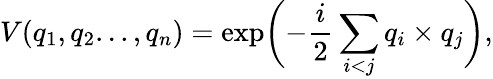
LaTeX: V(q_{1},q_{2}...,q_{n})=\exp\biggl(-\frac{i}{2}\sum_{i<j}q_{i}\times q_{j}\biggr),